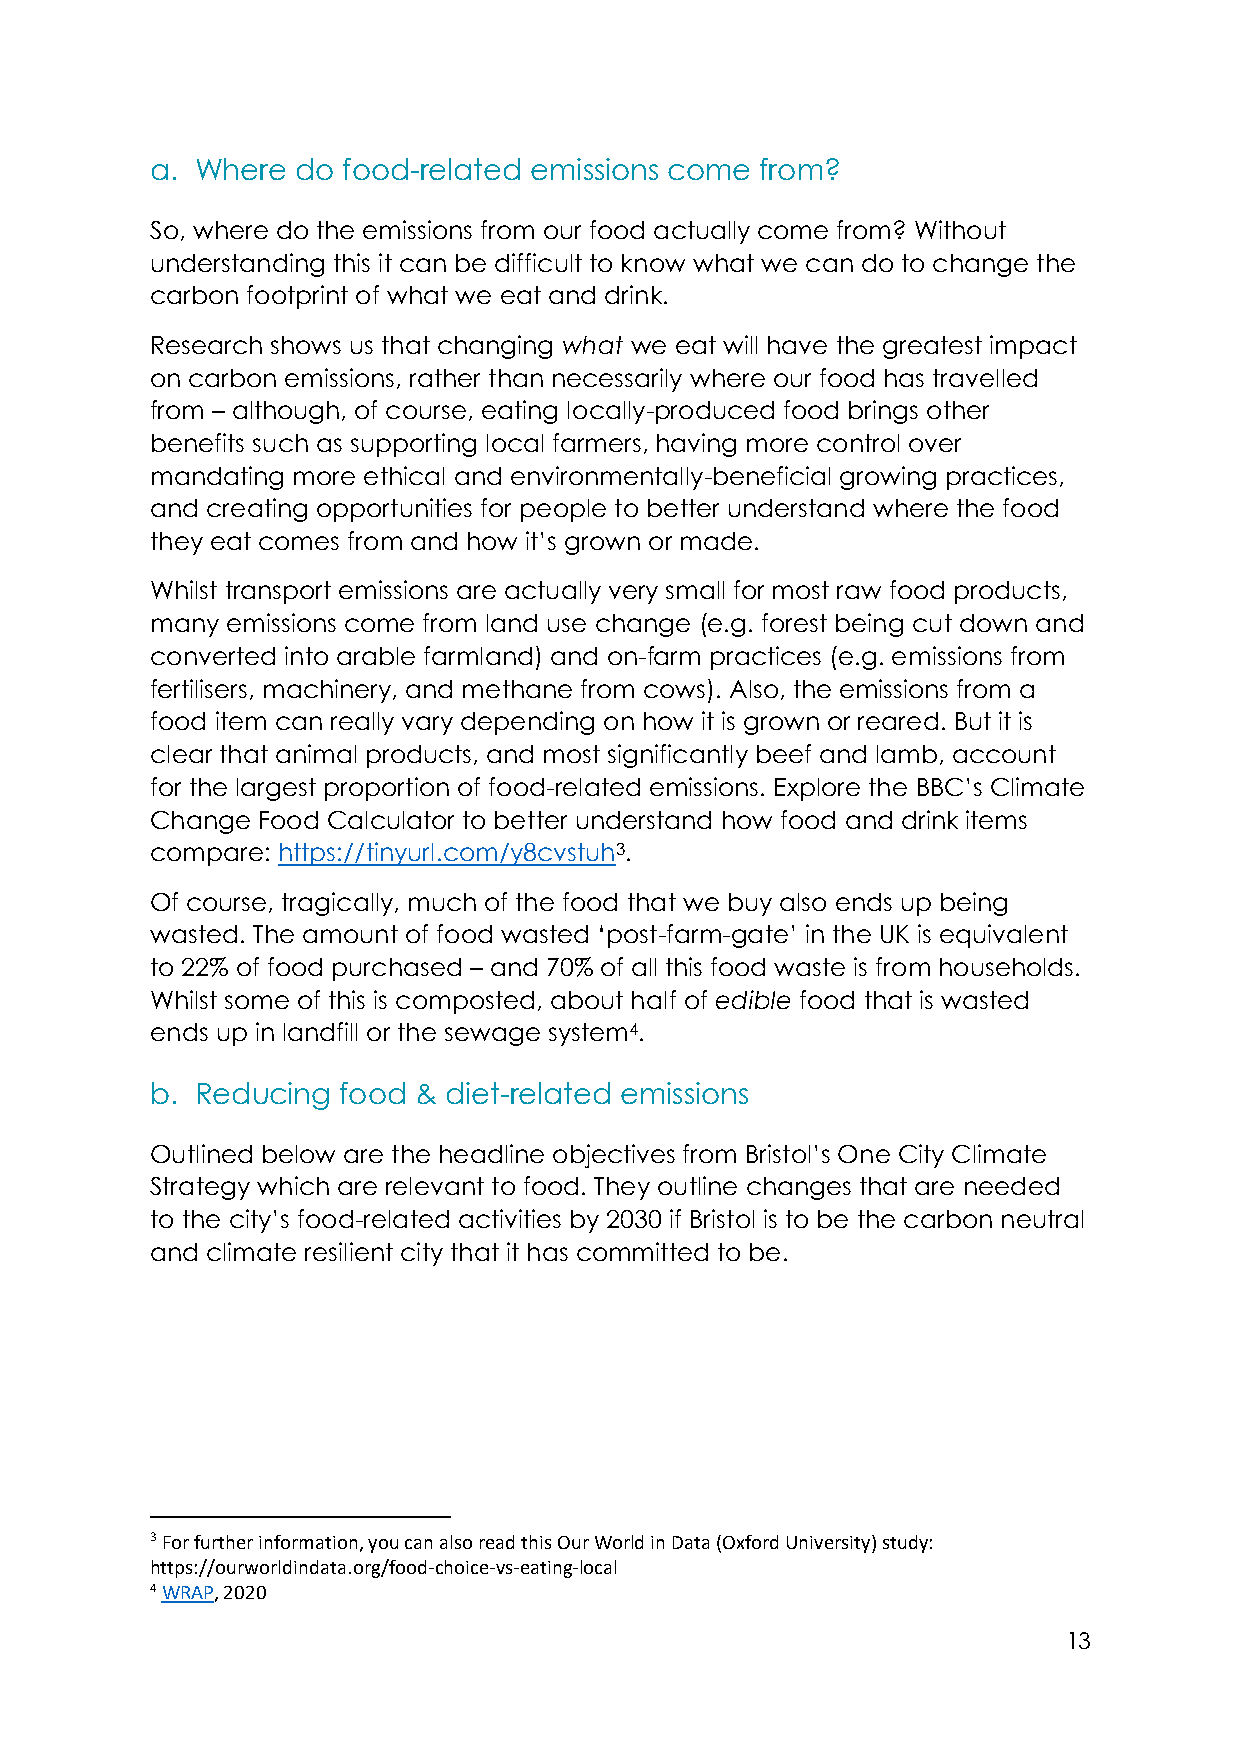
a. Where  do food-related emissions come from?
 So, where do the emissions from our food actually come from? Without
 understanding this it can be difficult to know what we can do to change the
 carbon footprint of what we eat and drink.
 Research shows us that changing what we eat will have the greatest impact
 on carbon emissions, rather than necessarily where our food has travelled
 from – although, of course, eating locally-produced food brings other
 benefits such as supporting local farmers, having more control over
 mandating more ethical and environmentally-beneficial growing practices,
 and creating opportunities for people to better understand where the food
 they eat comes from and how it’s grown or made.
 Whilst transport emissions are actually very small for most raw food products,
 many emissions come from land use change (e.g. forest being cut down and
 converted into arable farmland) and on-farm practices (e.g. emissions from
 fertilisers, machinery, and methane from cows). Also, the emissions from a
 food item can really vary depending on how it is grown or reared. But it is
 clear that animal products, and most significantly beef and lamb, account
 for the largest proportion of food-related emissions. Explore the BBC’s Climate
 Change Food Calculator to better understand how food and drink items
 compare: https://tinyurl.com/y8cvstuh3.
 Of course, tragically, much of the food that we buy also ends up being
 wasted. The amount of food wasted ‘post-farm-gate’ in the UK is equivalent
 to 22% of food purchased – and 70% of all this food waste is from households.
 Whilst some of this is composted, about half of edible food that is wasted
 ends up in landfill or the sewage system4.
 b. Reducing food & diet-related emissions
 Outlined below are the headline objectives from Bristol’s One City Climate
 Strategy which are relevant to food. They outline changes that are needed
 to the city’s food-related activities by 2030 if Bristol is to be the carbon neutral
 and climate resilient city that it has committed to be.
 3 For further information, you can also read this Our World in Data (Oxford University) study:
 https://ourworldindata.org/food-choice-vs-eating-local
 4 WRAP, 2020
 13